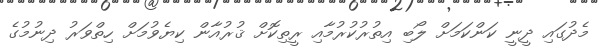
މެދުގައި ދީނީ ކަންކަމަށް ލޯބި އިތުރުކުރުމާއި ރީތިކޮށް ޤުރުއާން ކިޔެވުމަށް ހިތްވަރު ދިނުމުގެ